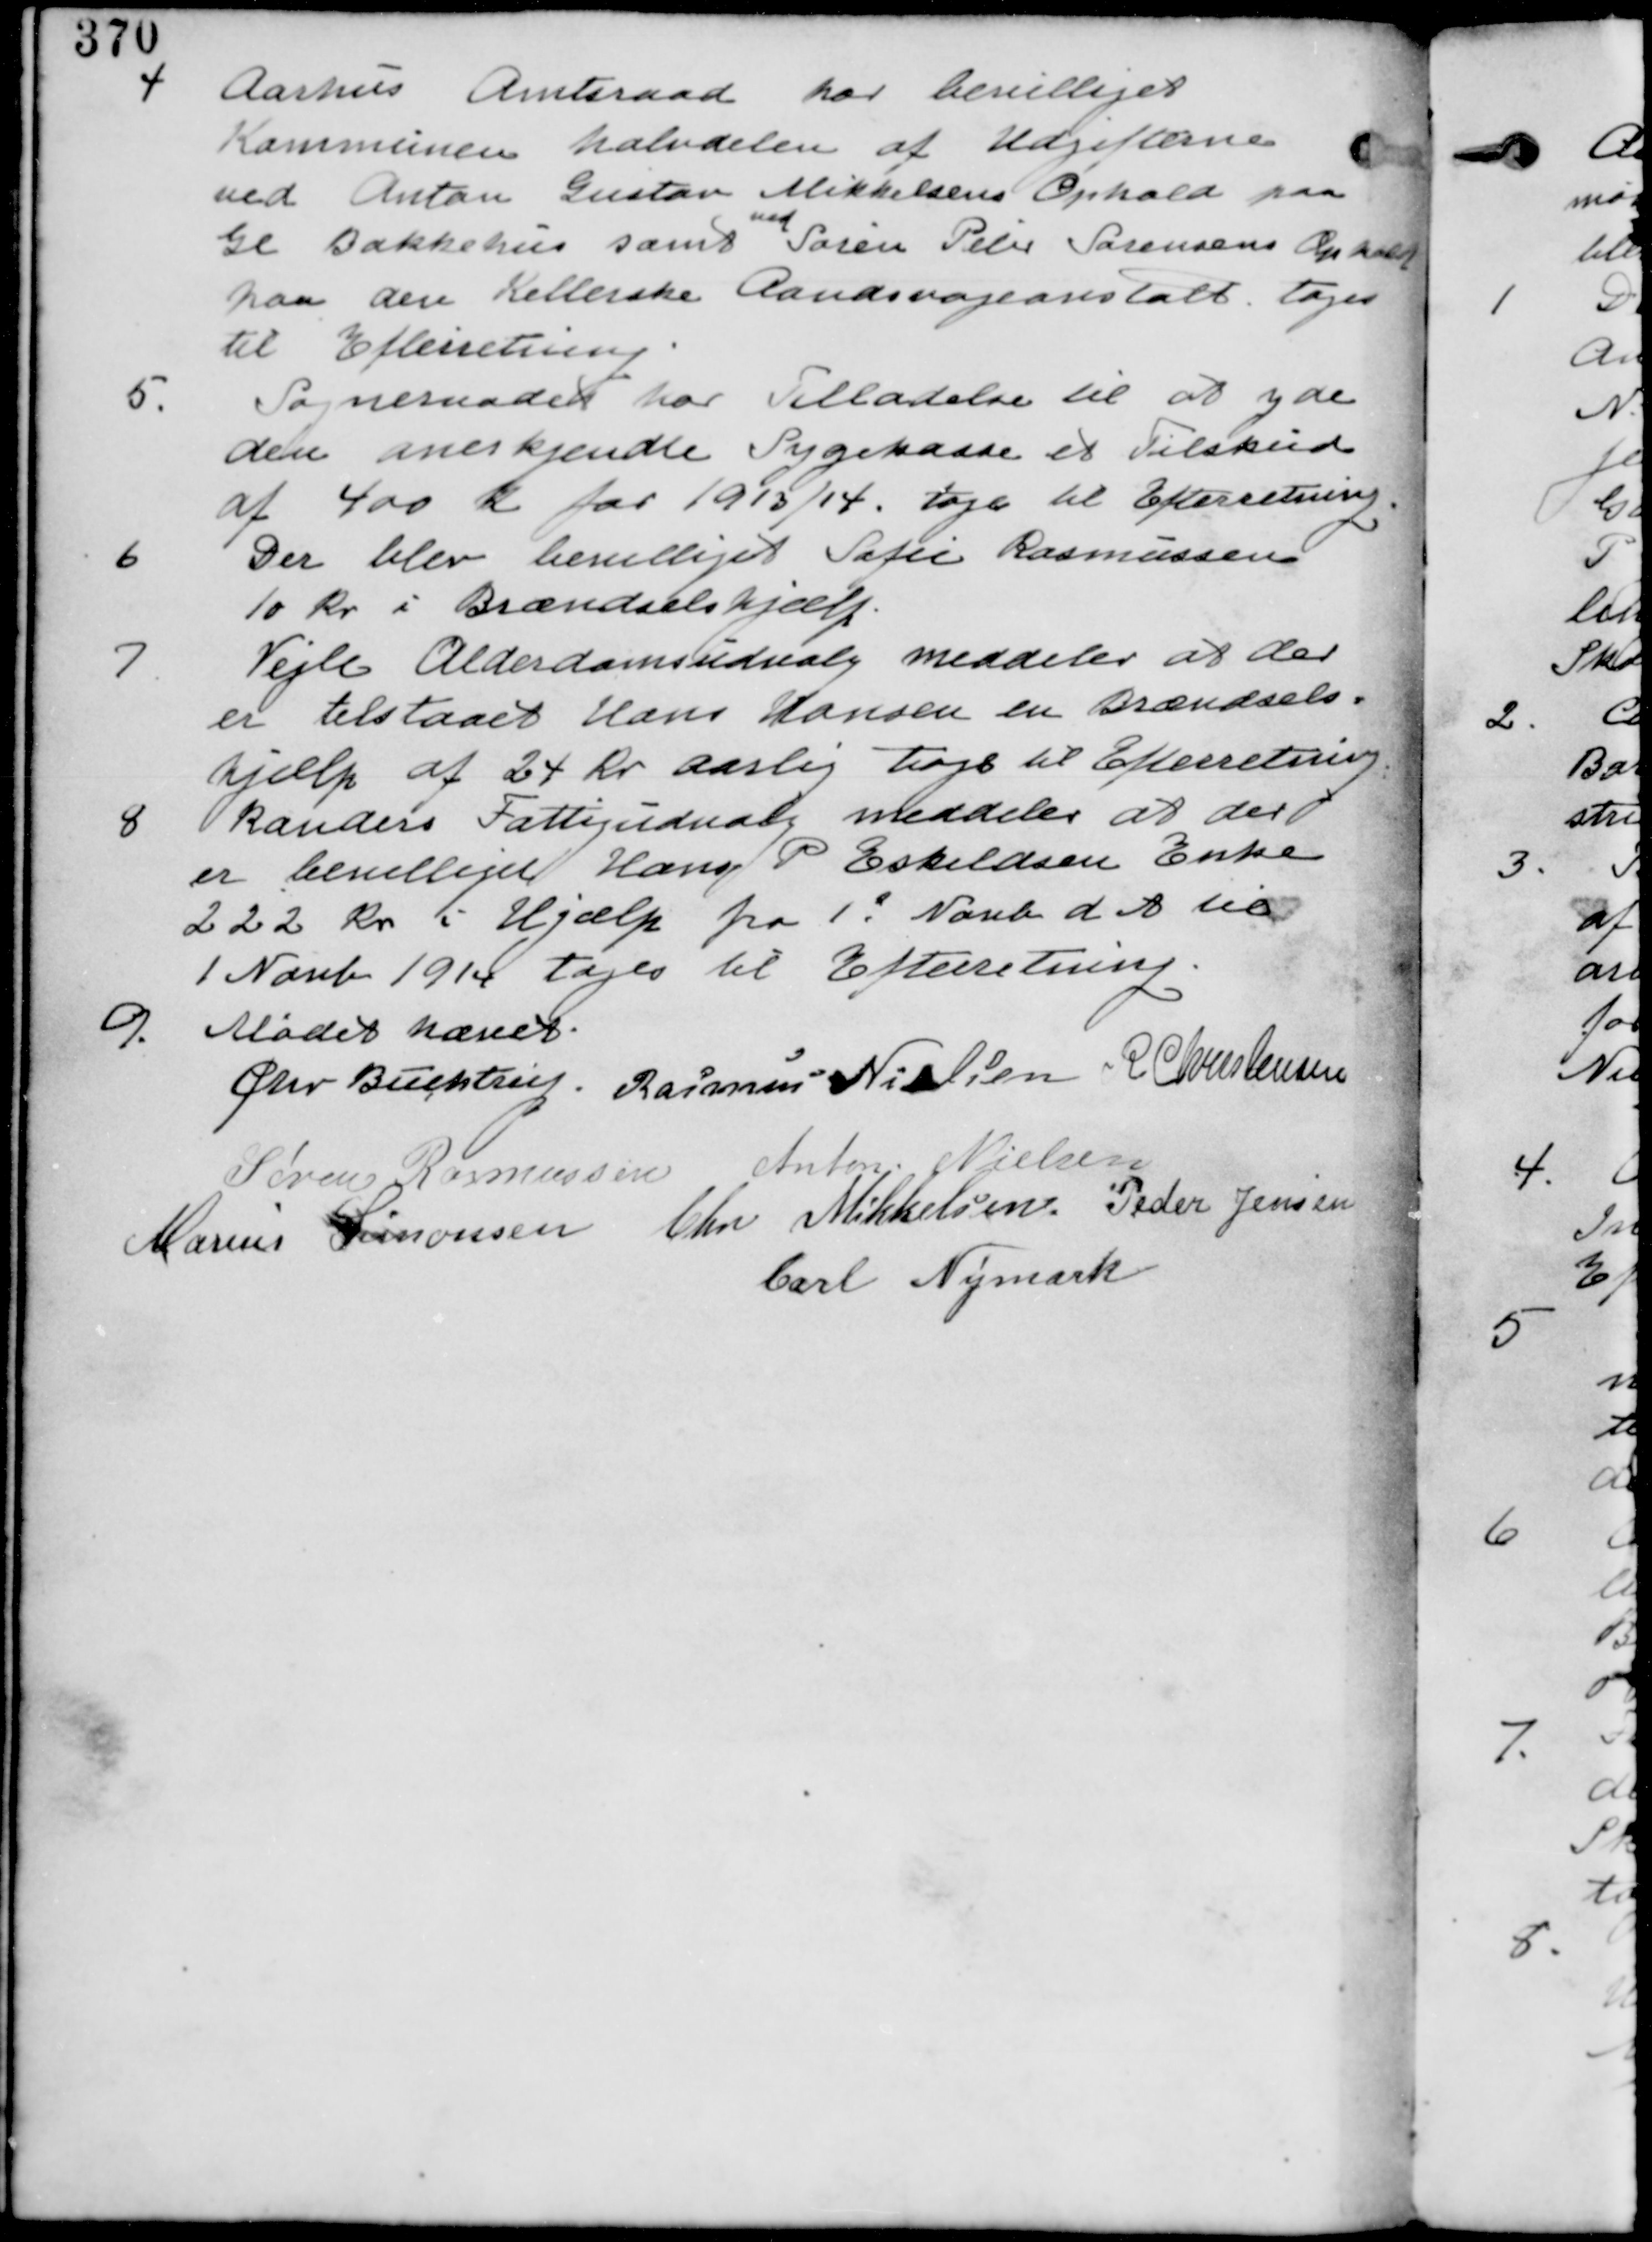
Transskription:
4 Aarhus Amtsraad har bevilliget
Kommunen halvddelen af Udgifterne
ved Anton Gustav Mikkelsens Ophold paa
Gl Bakkehus samt
ved
Søren Peter Sørensens Ophold
paa den Kellerske Aandsvageanstalt. tages
til Efterretning.
5. Sogneraadet har tilladelse til at yde
den anerkjendte Sygekasse et Tilskud
af 400 Kr for 1913/14. tages til Efterretning
6 Der blev bevilliget Sofie Rasmussen
10 Kr i Brændselshjælp.
7 Vejle Alderdomsudvalg meddeler at der
er tilstaaet Hans Hansen en Brændsels-
hjælp af 24 Kr aarligt tages til Efterretning.
8 Randers Fattigudvalg meddeler at der
er bevilliget Hans P Eskildsen Enke
222 Kr i Hjælp for 1. Novb d A til
1 Novb 1914 tages til Efterretning.
9. Mødet hævet
Chr Buchtrup. Rasmus Nielsen R Christensen
Søren Rasmussen Anton Nielsen
Marius Simonsen Chr Mikkelsen. Peder Jensen
Carl Nymark